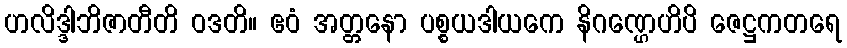
ဟလိဒ္ဒါဘိဇာတီတိ ဝဒတိ။ ဧဝံ အတ္တနော ပစ္စယဒါယကေ နိဂဏ္ဌေဟိပိ ဇေဋ္ဌကတရေ